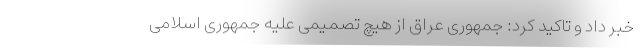
خبر داد و تاکید کرد: جمهوری عراق از هیچ تصمیمی علیه جمهوری اسلامی